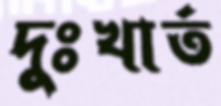
দুঃখার্ত